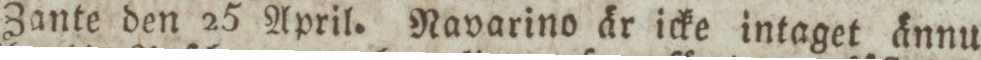
Zante den 25 April. Navarino är icke intaget ännu